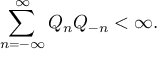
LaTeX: \sum _ { n = - \infty } ^ { \infty } Q _ { n } Q _ { - n } < \infty .